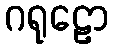
ဂရုဠော